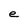
Character: e